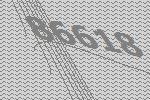
86618